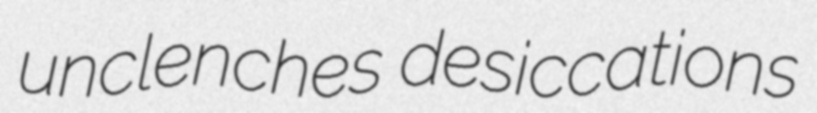
unclenches desiccations